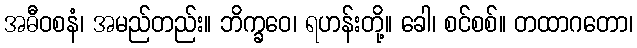
အဓီဝစနံ၊ အမည်တည်း။ ဘိက္ခဝေ၊ ရဟန်းတို့။ ခေါ၊ စင်စစ်။ တထာဂတော၊